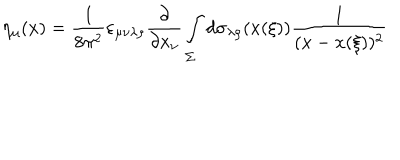
\eta _ { \mu } ( x ) = \frac { 1 } { 8 \pi ^ { 2 } } \varepsilon _ { \mu \nu \lambda \rho } \frac { \partial } { \partial x _ { \nu } } \int _ { \Sigma } ^ { } d \sigma _ { \lambda \rho } ( x ( \xi ) ) \frac { 1 } { ( x - x ( \xi ) ) ^ { 2 } }